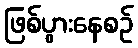
ဖြစ်ပွားနေစဉ်